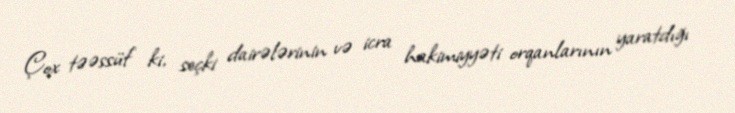
Çox təəssüf ki, seçki dairələrinin və icra hakimiyyəti orqanlarının yaratdığı